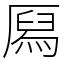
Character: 㕐